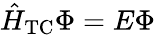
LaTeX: \hat{H}_{\mathrm{TC}}\Phi=E\Phi